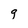
Character: g